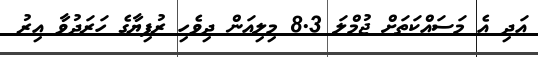
އަދި އެ މަސައްކަތަށް ޖުމްލަ 8.3 މިލިއަން ދިވެހި ރުފިޔާގެ ހަރަދުވާ އިރު